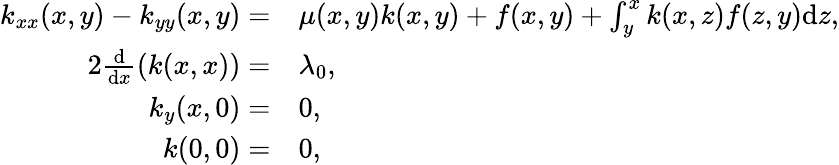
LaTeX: \begin{array}{rl}{k_{xx}(x,y)-k_{yy}(x,y)=}&{{\mu(x,y)}k(x,y)+f(x,y)+\int_{y}^{x}k(x,z)f(z,y)\mathrm{d}z,}\\ {2\frac{\mathrm{d}}{\mathrm{d}x}\left(k(x,x)\right)=}&{{\lambda_{0}},}\\ {k_{y}(x,0)=}&{0,}\\ {k(0,0)=}&{0,}\end{array}